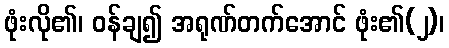
ဖုံးလို၏၊ ဝန်ချ၍ အရုဏ်တက်အောင် ဖုံး၏(၂)၊